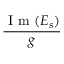
\frac { \mathrm { ~ I ~ m ~ } ( E _ { s } ) } { g }